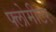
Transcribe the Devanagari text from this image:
फ्लोमीटर